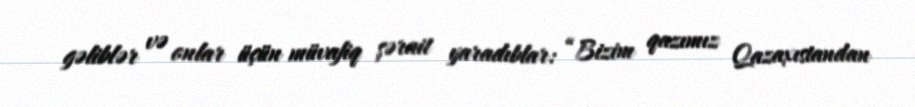
gəliblər və onlar üçün müvafiq şərait yaradıblar: “Bizim qazımız Qazaxıstandan